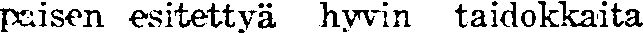
paisen esitettyä hyvin taidokkaita